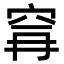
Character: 𮃺